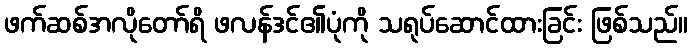
ဖက်ဆစ်အလိုတော်ရိ ဖလန်ဒင်၏ပုံကို သရုပ်ဆောင်ထားခြင်း ဖြစ်သည်။